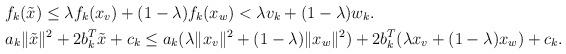
LaTeX: \begin{align*} &f_k(\Tilde{x})\le\lambda f_k(x_v)+(1-\lambda)f_k(x_w)<\lambda v_k+(1-\lambda)w_k.\\ &a_k \|\Tilde{x}\|^2+2b_k^T\Tilde{x}+c_k\le a_k(\lambda \|x_v\|^2 + (1-\lambda)\|x_w\|^2)+2b_k^T(\lambda x_v + (1-\lambda)x_w)+c_k. \end{align*}